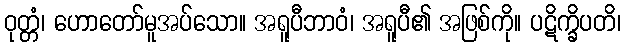
ဝုတ္တံ၊ ဟောတော်မူအပ်သော။ အရူပီဘာဝံ၊ အရူပီ၏ အဖြစ်ကို။ ပဋိက္ခိပတိ၊